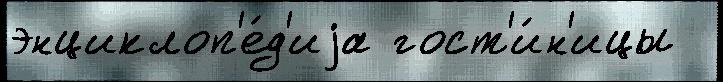
энциклоп'е́д'иjа гост'и́н'ицы